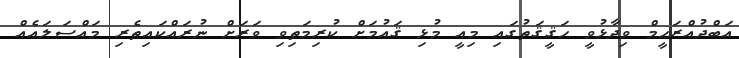
ޢަބްދުއްރަޙީމް ވިދާޅުވީ ހަޤީޤަތުގައި މިއީ މުޅި ޤައުމަށް ކުރިމަތިވި ވަރަށް ނުރައްކައިތެރި މައްސަލައެއް